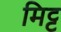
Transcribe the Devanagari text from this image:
मिट्ट